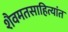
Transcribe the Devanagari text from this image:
शैवमतसाहित्यांत